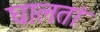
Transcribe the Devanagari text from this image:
घालतां